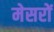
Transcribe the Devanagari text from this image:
मेसरों